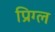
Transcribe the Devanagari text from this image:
प्रिग्ल